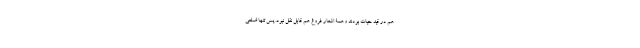
هم در قید حیات بودند وهمۀ اشعار فروغ هم قابل نقل نبود. پس تنها ضلعی